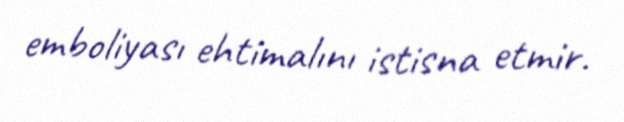
emboliyası ehtimalını istisna etmir.